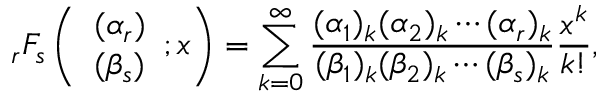
_ { r } F _ { s } \left( \begin{array} { l } { ( \alpha _ { r } ) } \\ { ( \beta _ { s } ) } \end{array} ; x \right) = \sum _ { k = 0 } ^ { \infty } \frac { ( \alpha _ { 1 } ) _ { k } ( \alpha _ { 2 } ) _ { k } \cdots ( \alpha _ { r } ) _ { k } } { ( \beta _ { 1 } ) _ { k } ( \beta _ { 2 } ) _ { k } \cdots ( \beta _ { s } ) _ { k } } \frac { x ^ { k } } { k ! } ,